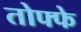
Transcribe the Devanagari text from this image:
तोफ्फे